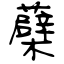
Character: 蘗